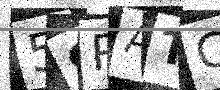
Text: 5SRATC